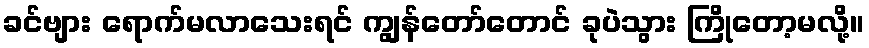
ခင်ဗျား ရောက်မလာသေးရင် ကျွန်တော်တောင် ခုပဲသွား ကြိုတော့မလို့။